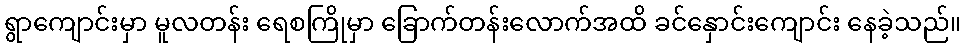
ရွာကျောင်းမှာ မူလတန်း ရေစကြိုမှာ ခြောက်တန်းလောက်အထိ ခင်နှောင်းကျောင်း နေခဲ့သည်။